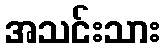
အသင်းသား